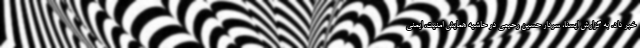
خبر داد. به گزارش ایسنا، سردار حسین رحیمی در حاشیه همایش امنیت، ایمنی